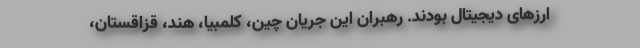
ارزهای دیجیتال بودند. رهبران این جریان چین، کلمبیا، هند، قزاقستان،